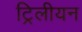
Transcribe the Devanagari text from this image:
ट्रिलीयन